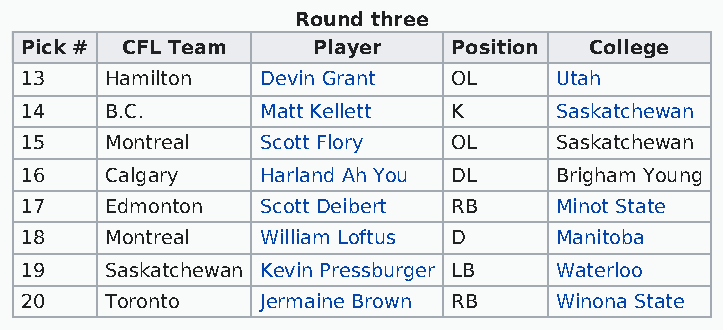
Round three
 Pick # CFL Team     Player   Position College
 13    Hamilton  Devin Grant  OL     Utah
 14    B.C.      Matt Kellett K      Saskatchewan
 15    Montreal  Scott Flory  OL     Saskatchewan
 16    Calgary   Harland Ah You DL   Brigham Young
 17    Edmonton  Scott Deibert RB    Minot State
 18    Montreal  William Loftus D    Manitoba
 19    Saskatchewan Kevin Pressburger LB Waterloo
 20    Toronto   Jermaine Brown RB   Winona State